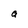
Character: a